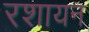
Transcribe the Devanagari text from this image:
रशायन